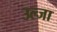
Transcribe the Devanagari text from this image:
उल्जा